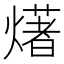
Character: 𤏸